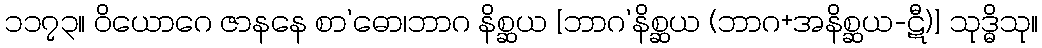
၁၁၇၃။ ဝိယောဂေ ဇာနနေ စာ’ဓော၊ဘာဂ နိစ္ဆယ [ဘာဂ’နိစ္ဆယ (ဘာဂ+အနိစ္ဆယ-ဋီ)] သုဒ္ဓိသု။